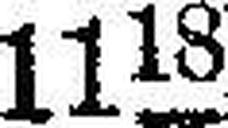
11»